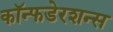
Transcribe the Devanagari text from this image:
कॉन्फडेरशन्स